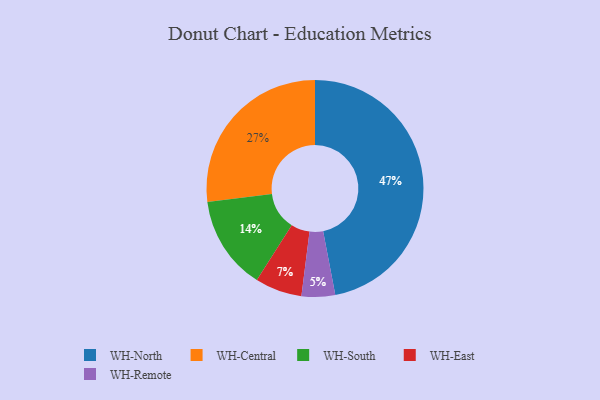
{"axis": {"x": "Category", "y": "Percentage"}, "legend": ["WH-Central", "WH-East", "WH-North", "WH-Remote", "WH-South"], "data": [{"x": "WH-South", "y": 14, "type": "WH-South"}, {"x": "WH-East", "y": 7, "type": "WH-East"}, {"x": "WH-North", "y": 47, "type": "WH-North"}, {"x": "WH-Central", "y": 27, "type": "WH-Central"}, {"x": "WH-Remote", "y": 5, "type": "WH-Remote"}]}